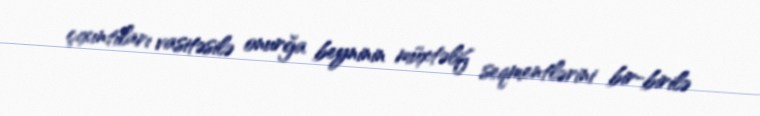
çıxıntıları vasitəsilə onurğa beyninin müxtəlif seqmentlərini bir-birilə